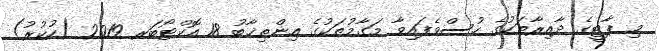
މި ޕާޓީގެ ދާއިރާތަކުގެ ހުސްވެފައިވާ މަގާމުތަކުގެ އިންތިޚާބު 18 އޮކްޓޯބަރ 2019 (ހުކުރު)